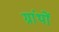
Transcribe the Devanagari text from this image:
ग्रांथों